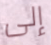
إلى